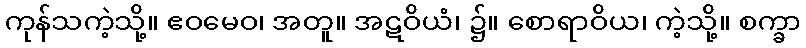
ကုန်သကဲ့သို့။ ဧဝမေဝ၊ အတူ။ အဋဝိယံ၊ ၌။ စောရာဝိယ၊ ကဲ့သို့။ စက္ခာ